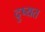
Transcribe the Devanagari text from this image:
दुष्यत